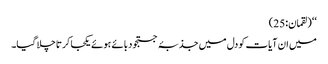
‘‘ (لقمان:25)
میں ان آیات کو دل میں جذبۂ جستجو دبائے ہوئے یکجا کرتا چلا گیا۔